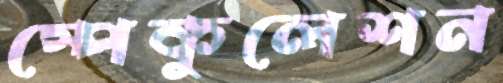
স্পেকুলেশন